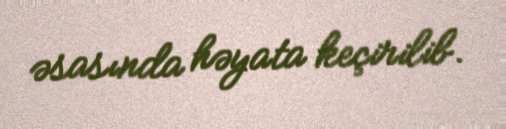
əsasında həyata keçirilib.